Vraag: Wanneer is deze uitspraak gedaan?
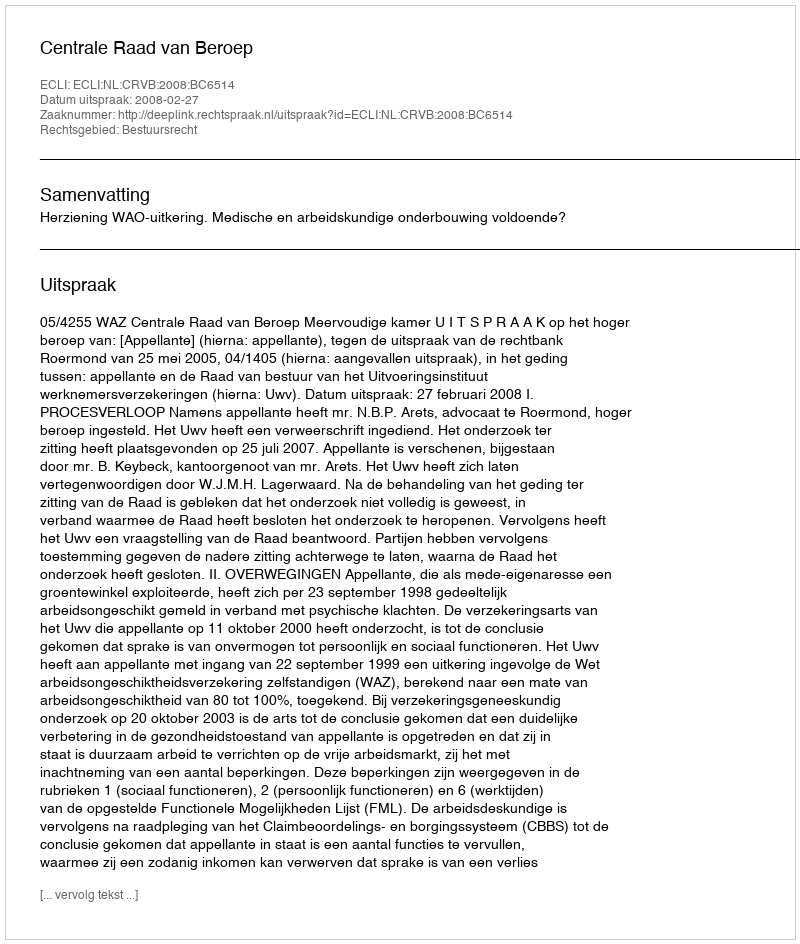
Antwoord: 2008-02-27